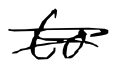
Text: to
Cross-out: double-line
Writing tool: digital_black